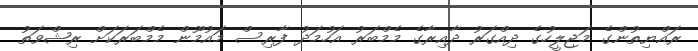
ރައްޔިތުންގެ މަޖިލީހުގެ ދިއްގަރު ދާއިރާގެ މެމްބަރު އަހުމަދު ފާރިސް މައުމޫން މެމްބަރަކަށް ރިޝްވަތު